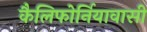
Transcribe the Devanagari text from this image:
कैलिफोर्नियावासी